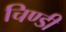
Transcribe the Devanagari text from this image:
चिण्डी